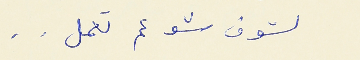
لشوف شو عم تعمل . .